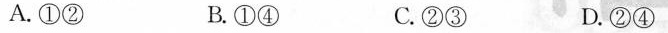
A.①② B.①④ C.②③ D.②④